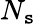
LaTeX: N_{\mathtt{s}}